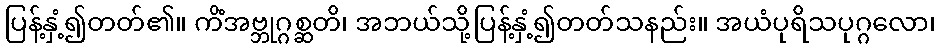
ပြန့်နှံ့၍တတ်၏။ ကိံအဗ္ဘုဂ္ဂစ္ဆတိ၊ အဘယ်သို့ပြန့်နှံ့၍တတ်သနည်း။ အယံပုရိသပုဂ္ဂလော၊